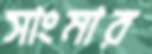
সাংমার